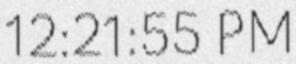
12:21:55 PM